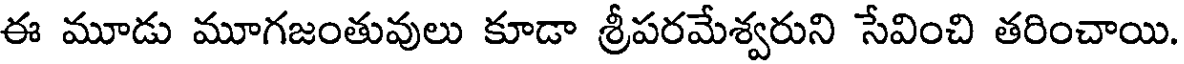
ఈ మూడు మూగజంతువులు కూడా శ్రీపరమేశ్వరుని సేవించి తరించాయి